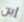
إبن